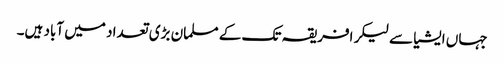
جہاں ایشیا سے لیکر افریقہ تک کے مسلمان بڑی تعداد میں آباد ہیں۔